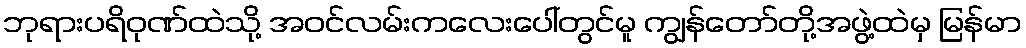
ဘုရားပရိဝုဏ်ထဲသို့ အဝင်လမ်းကလေးပေါ်တွင်မူ ကျွန်တော်တို့အဖွဲ့ထဲမှ မြန်မာ